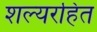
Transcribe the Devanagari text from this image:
शल्यरहित